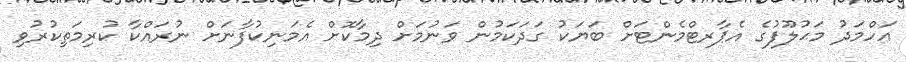
ޢަހްމަދު މަޙުލޫފުގެ އެޕާރޓްމެންޓަށް ބަޔަކު ގަދަކަމުން ވަނުމަށް ދިމާކޮށް އެމަނިކުފާނަށް ނުރައްކާ ކުރިމަތިކުރުވި